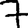
Digit: 7